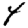
Digit: 4